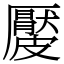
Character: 𥀬